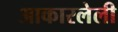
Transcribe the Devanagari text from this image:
आकारलेली